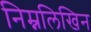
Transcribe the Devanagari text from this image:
निम्नलिखिन